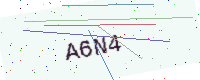
Text: A6N4